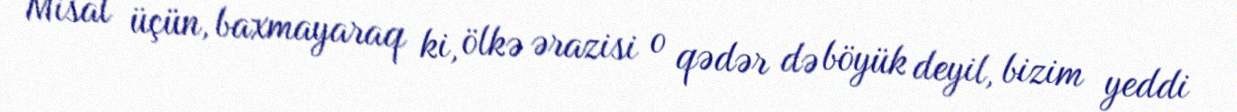
Misal üçün, baxmayaraq ki, ölkə ərazisi o qədər də böyük deyil, bizim yeddi